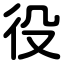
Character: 役